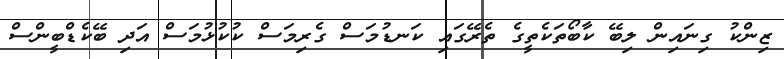
ޒިންކު ގިނައިން ލިބޭ ކާބޯތަކެތީގެ ތެރޭގައި ކަނޑުމަސް ގެރިމަސް ކުކުޅުމަސް އަދި ބޭކެޑްބީންސް